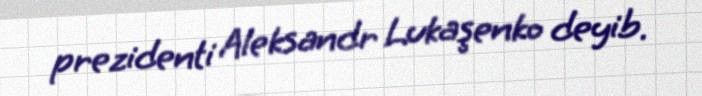
prezidenti Aleksandr Lukaşenko deyib.